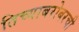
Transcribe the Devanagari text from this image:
तिच्याबरोबरची